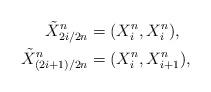
LaTeX: \begin{align*}\tilde X^n_{2i/2n} &= (X^n_i, X^n_i), \\\tilde X^n_{(2i+1)/2n} &= (X^n_i, X^n_{i+1}),\end{align*}